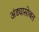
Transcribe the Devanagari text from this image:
अंड्यासोबत